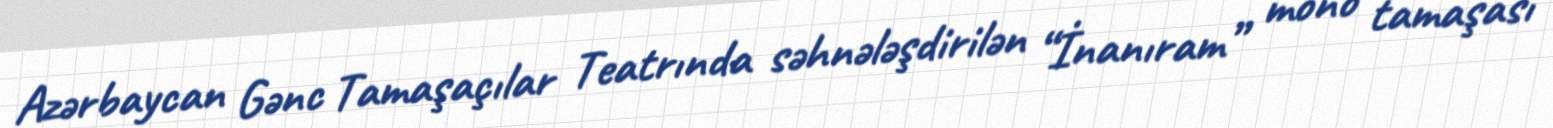
Azərbaycan Gənc Tamaşaçılar Teatrında səhnələşdirilən “İnanıram” mono tamaşası